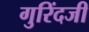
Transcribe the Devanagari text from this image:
गुरिंदजी